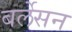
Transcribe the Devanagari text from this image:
बर्लेसन